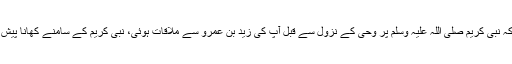
حضرت عبداللہ بن عمر رضی اللہ عنہ بیان کرتے ہیں کہ نبی کریم صلی اللہ علیہ وسلم پر وحی کے نزول سے قبل آپؐ کی زید بن عمرو سے ملاقات ہوئی، نبی کریمؐ کے سامنے کھانا پیش کیا گیا، آپؐ نے اس میں سے کھانے سے انکار کر دیا۔